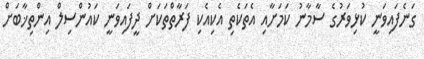
ގަނެފައިވަނީ ކުޅިވަރުގެ ސާމާނު ކަމަށާއި އެތަކެތި އެކިއެކި ފަރާތްތަކަށް ދީފައިވަނީ ކައުންސިލް އިންތިޚާބަށް